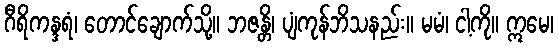
ဂီရိကန္ဒရံ၊ တောင်ချောက်သို့။ ဘဇန္တိ၊ ပျံကုန်ဘိသနည်း။ မမံ၊ ငါ့ကို။ ဣမေ၊